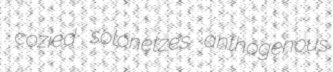
cozied solonetzes anthogenous